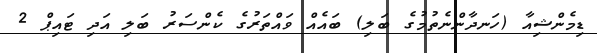
ޑިމެންޝިއާ (ހަނދާންނެތުމުގެ ބަލި) ބައެއް ވައްތަރުގެ ކެންސަރު ބަލި އަދި ޓައިޕް 2